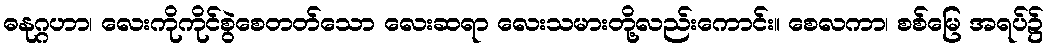
ဓနုဂ္ဂဟာ၊ လေးကိုကိုင်စွဲစေတတ်သော လေးဆရာ လေးသမားတို့လည်းကောင်း။ စေလကာ၊ စစ်မြေ အရပ်၌